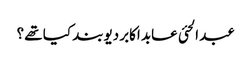
عبد الحئی عابد اکابر دیوبند کیا تھے ؟